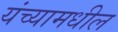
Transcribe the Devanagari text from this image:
यंच्यामधील